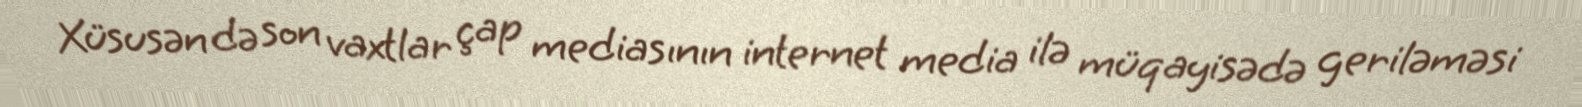
Xüsusən də son vaxtlar çap mediasının internet media ilə müqayisədə geriləməsi